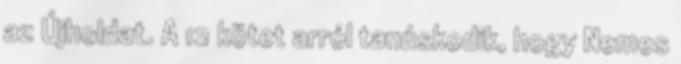
az Újholdat. A 12 kötet arról tanúskodik, hogy Nemes